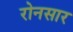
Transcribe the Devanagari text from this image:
रोनसार